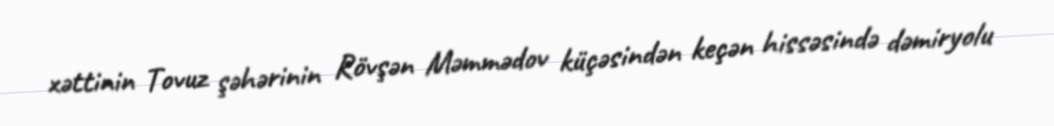
xəttinin Tovuz şəhərinin Rövşən Məmmədov küçəsindən keçən hissəsində dəmiryolu